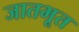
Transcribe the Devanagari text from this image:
जातभूत